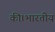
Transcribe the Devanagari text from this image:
की।भारतीय